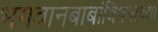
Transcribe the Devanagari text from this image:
भगवानबाबांविषयीच्या